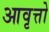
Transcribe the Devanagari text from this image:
आवृत्तो